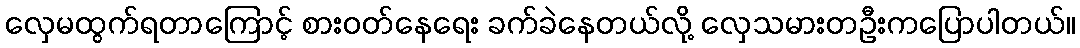
လှေမထွက်ရတာကြောင့် စားဝတ်နေရေး ခက်ခဲနေတယ်လို့ လှေသမားတဦးကပြောပါတယ်။